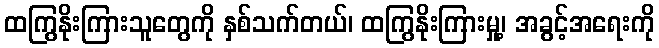
ထကြွနိုးကြားသူတွေကို နှစ်သက်တယ်၊ ထကြွနိုးကြားမှု့၊ အခွင့်အရေးကို